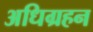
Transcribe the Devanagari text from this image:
अधिग्रहन